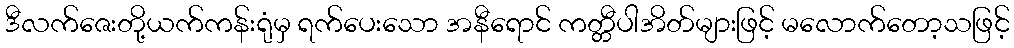
ဒီလက်ဇေးတို့ယက်ကန်းရုံမှ ရက်ပေးသော အနီရောင် ကတ္တီပါအိတ်များဖြင့် မလောက်တော့သဖြင့်